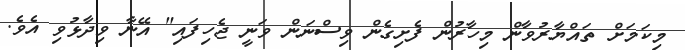
މިކަމަށް ތައްޔާރުވާން މިހާރުން ފެށިގެން ވިސްނަން ވަނީ ޖެހިފައި" އޭނާ ވިދާޅުވި އެވެ.